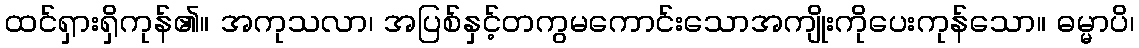
ထင်ရှားရှိကုန်၏။ အကုသလာ၊ အပြစ်နှင့်တကွမကောင်းသောအကျိုးကိုပေးကုန်သော။ ဓမ္မာပိ၊